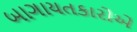
બાગાયતકારોએ